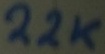
Text: 22K